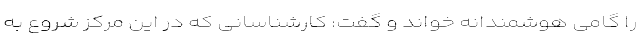
را گامی هوشمندانه خواند و گفت: کارشناسانی که در این مرکز شروع به